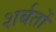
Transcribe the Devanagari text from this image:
शर्बतों